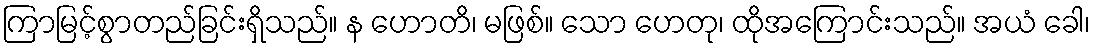
ကြာမြင့်စွာတည်ခြင်းရှိသည်။ န ဟောတိ၊ မဖြစ်။ သော ဟေတု၊ ထိုအကြောင်းသည်။ အယံ ခေါ၊